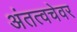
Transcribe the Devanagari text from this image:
अंतत्वचेवर